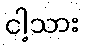
ငါ့သား